Report of an investigation into the causes of the diseases known in Assam as Kála-Azár and Beri-Beri
Disease focus: Beri-Beri
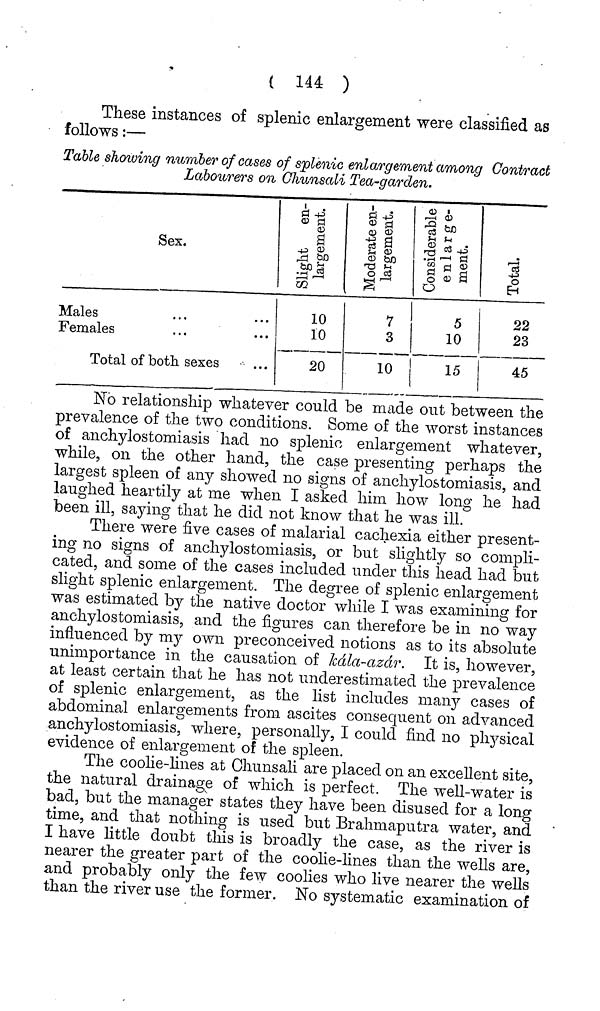
( 144 )
These instances of splenic enlargement were classified as
follows:—
Table showing number of cases of splenic enlargement among Contract
Labourers on Ghunsali Tea-garden.
Sex.
Males
Females
Total of both sexes
10
10
20
(•T
3
10
5
10
15
22
23
45
No relationship whatever could be made out between the
prevalence of the two conditions. Some of the worst instances
of anchylostomiasis had no splenic enlargement whatever,
while, on the other hand, the case presenting perhaps the
largest spleen of any showed no signs of anchylo&tomiasis, and
laughed heartily at me when I asked him how long he had
been ill, saying that he did not know that he was ill.
There were five cases of malarial cachexia either present-
ing no signs of anchylostomiasis, or but slightly so compli-
cated, and some of the cases included under this head had but
slight splenic enlargement. The degree of splenic enlargement
was estimated by the native doctor while I was examining for
anchylostomiasis, and the figures can therefore be in no way
influenced by my own preconceived notions as to its absolute
unimportance in the causation of Mla-azdr. It is, however,
at least certain that he has not underestimated the prevalence
of splenic enlargement, as the list includes many cases of
abdominal enlargements from ascites consequent on advanced
anchylostomiasis, where, personally, I could find 110 physical
evidence of enlargement of the spleen.
The coolie-lines at Ghunsali are placed on an excellent site,
the natural drainage of which is perfect. The well-water is
bad, but the manager states they have been disused for a long
time, and that nothing is used but Brahmaputra water, and
I have little doubt this is broadly the case, as the river is
nearer the greater part of the coolie-lines than the wells are,
and probably only the few coolies who live nearer the wells
than the river use the former. No systematic examination of